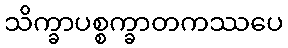
သိက္ခာပစ္စက္ခာတကဿပေ